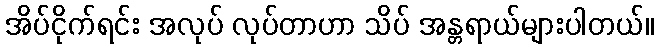
အိပ်ငိုက်ရင်း အလုပ် လုပ်တာဟာ သိပ် အန္တရာယ်များပါတယ်။